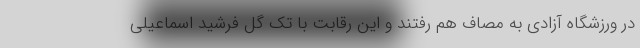
در ورزشگاه آزادی به مصاف هم رفتند و این رقابت با تک گل فرشید اسماعیلی